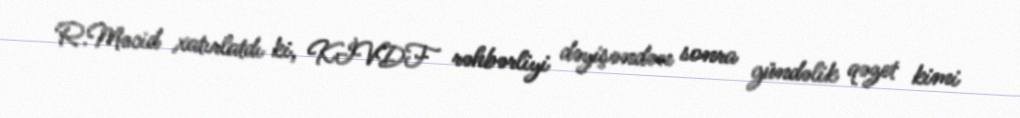
R.Məcid xatırlatdı ki, KİVDF rəhbərliyi dəyişəndən sonra gündəlik qəzet kimi